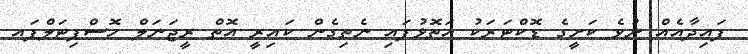
ފައިދާއެއް ނުވެ ކަށީގެ ޑޮކްޓަރަކު އަތޮޅުފައި ނެތިގެން ކައިރީ އޮތް ރީޖަނަލް ހޮސްޕިޓަލްފައ